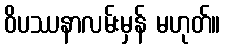
ဝိပဿနာလမ်းမှန် မဟုတ်။